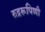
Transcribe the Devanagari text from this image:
रुद्ररूपिणी